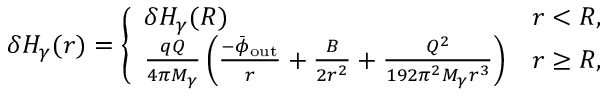
\delta H _ { \gamma } ( r ) = \left\{ \begin{array} { l l } { \delta H _ { \gamma } ( R ) } & { r < R , } \\ { \frac { q Q } { 4 \pi M _ { \gamma } } \left( \frac { - \bar { \phi } _ { \mathrm { o u t } } } { r } + \frac { B } { 2 r ^ { 2 } } + \frac { Q ^ { 2 } } { 1 9 2 \pi ^ { 2 } M _ { \gamma } r ^ { 3 } } \right) } & { r \geq R , } \end{array} \right.